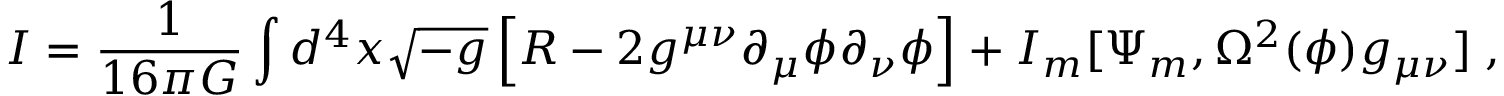
{ I } = \frac { 1 } { 1 6 \pi G } \int d ^ { 4 } x \sqrt { - g } \left[ R - 2 g ^ { \mu \nu } \partial _ { \mu } \phi \partial _ { \nu } \phi \right] + I _ { m } [ \Psi _ { m } , \Omega ^ { 2 } ( \phi ) g _ { \mu \nu } ] \; ,